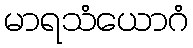
မာရသံယောဂံ